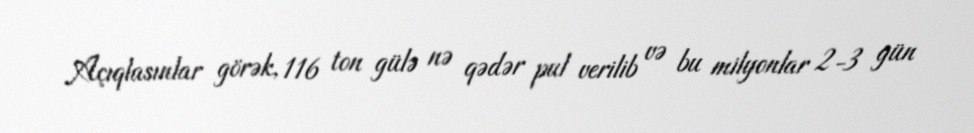
Açıqlasınlar görək, 116 ton gülə nə qədər pul verilib və bu milyonlar 2-3 gün